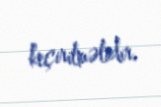
keçirilməlidir.